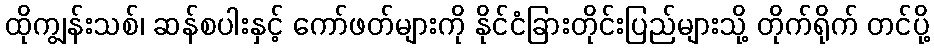
ထိုကျွန်းသစ်၊ ဆန်စပါးနှင့် ကော်ဖတ်များကို နိုင်ငံခြားတိုင်းပြည်များသို့ တိုက်ရိုက် တင်ပို့